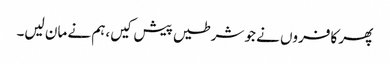
پھر کافروں نے جو شرطیں پیش کیں،ہم نے مان لیں۔